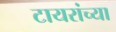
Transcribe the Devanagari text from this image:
टायरांच्या